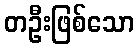
တဦးဖြစ်သော